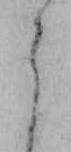
よ